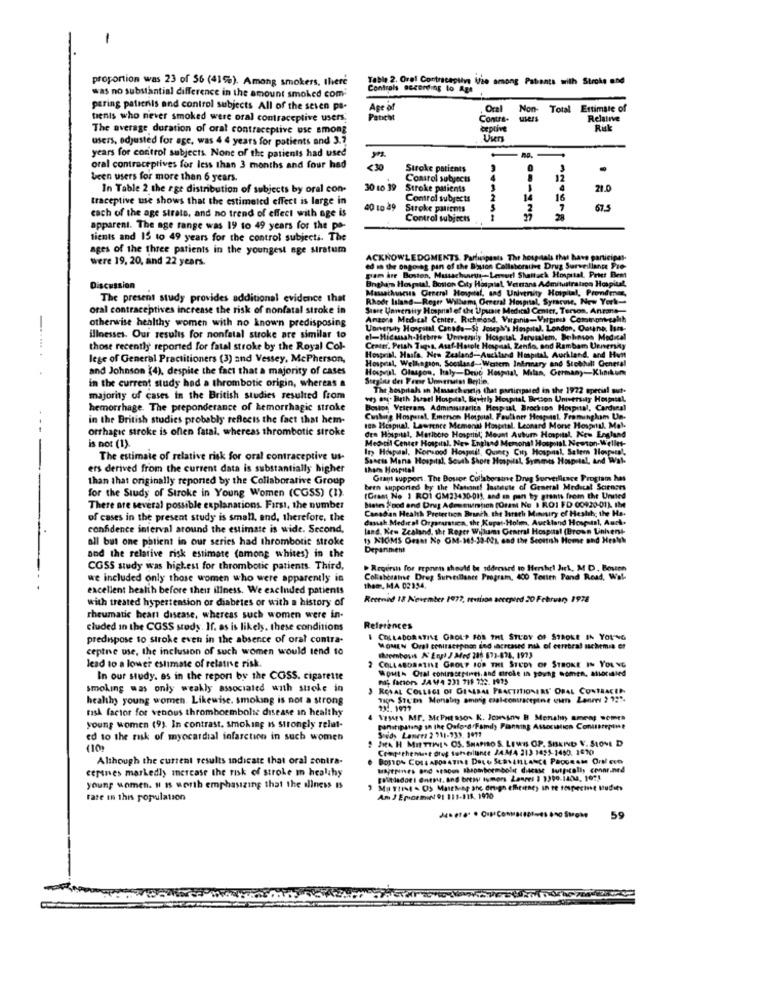
-
proportion was 23 of 56 (41%). Among smokers, there
Table 2. Oral Contraceptive Mie among Patients with Stroke and
Controls according to Age
was no substantial difference in the amount smoked com-
paring patients and control subjects All of the seven pa-
Age of
Oral
Non- Total Estimate of
tenis who never smoked were oral contraceptive users.
Paticht
Contre-
Relative
The average duration of oral contraceptive use among
explive
Ruk
users, adjusted for age, was 4 4 years for patients and 3.7
Users
years for control subjects. None of the patients had used
oral contraceptives for less than 3 months and four hed
< 30
Stroke patients
0
.
been users for more than 6 years.
Control subjects
12
In Table 2 the rge distribution of subjects by oral con-
30 10 39
Stroke patients
21.0
traceptive use shows that the estimated effect is large in
Control subjects
2
14
16
40 to 49
Stroke patients
2
7
67.5
cach of the age strats, and no trend of effect with age is
Control subjects
28
apparent. The age range was 19 to 49 years for the pa-
tients and 15 to 49 years for the control subjecti. The
ages of the three patients in the youngest age stratum
were 19, 20, and 22 years.
ACKNOWLEDGMENTS. Farfuspants The hospitals that have participat.
ed in the ongoing pan of the Boston Collstorsthe Drug Surveillance Pre-
gram are Boston, Massachusetts -- Lersurl Shattuck Hospital. Prier Best
Bngham Howstal, Boston City Hospital, Vettrans Admituitration Hospital,
Discussion
Massachusetts General Hospital, and University Hospital, Promdres,
The present study provides additional evidence that
Rhode Island-Roger Williams Omeral Hospital, Syracuse, New York-
oral contraceptives increase the risk of nonfatal stroke in
Store Unversity Hosprial of the Upuait Medical Center, Terson, Antane-
otherwise healthy women with no known predisposing
Anzone Medical Center. Richmond, Virginia-Vartinu Comonomeakb
University Hospital, Canada-St Joseph's Hospital, London, Outans, Isns-
illnesses. Our results for nonfatal stroke are similar to
el-Micassah-Hebrew Unnenily Hospital Jerusalem, Bohinson Medical
those recently reported for fatal stroke by the Royal Col-
Center, Petsh Tages. Asaf-Hotole Hoopsal, Zenflo, and Rambam Urnersky
lege of General Practitioners (3) and Vessey, McPherson,
Hospnal, Wellington, Sociland-Western Infirmary and Stobhall General
Hospaisl. Hasta. New Zealand -- Auckland Hospital, Auckland, and Hunt
-.......
and Johnson (4), despite the fact that a majority of cases
Hosval. Olasgon, haly-Desig Hospital, Milan, Germany-Klinikum
in the current study had a thrombotic origin, whereas a
Sorglos des Freer Unnerurss Berlin.
The hospitals in Massachusetis that participated in the 1972 special sut-
majority of cases in the British studies resulted from
wy on. Beth Israel Hospital, Beverly Hostal Besson University Hospital,
hemorrhage. The preponderance of hemorrhagic stroke
Boslos Veicrams Administrarica Heup sal Brockton Hospital, Cardinal
in the British studies probably reflects the fact that hem-
Cashug Hospersl. Emerson Hospotal, Faulkner Hoopsaal. Framingham Un-
orrhagie stroke is often fatal, whereas thrombotic stroke
tas Hespual. Lawrence Memonal Hospital. Leonard Morse Hospnul. Mol-
Medical Center Hospital. New England Memoha! Hospstal Newton-Wellet-
den Hospital, Marlboro Hospriol; Mount Autumn Hospital, New England
is not (1).
In Hospual, Norwood Howoil, Quincy City Hospnal, Salem Hospers',
The estimate of relative risk for oral contraceptive us-
Saacts Mana Hospital. South Shore Hospital, Symmes Hospital, and Wal-
----
ers derived from the current data is substantially higher
than Hospital
than that originally reported by the Collaborative Group
Grant support. The Bossge Collaborsine Dryg Surveillance Program has
for the Study of Stroke in Young Women (CGSS) (1)
been supported by the Nationt! losteste of General Medical Sciences
(Grant No ) ROI GM23430-01), and an pan ty grants from the United
There are several possible explanations. First, the number
Bistes Food and Drug Admeentich (Oram No I RO1 FD 00920-01). IM
Canadian Health Pretertion Branch the Barath Ministry of Healthc the Ha-
of cases in the present study is small, and, therefore, the
dasah Medical Orgarustica, the Kupat-Holm, Auckland Hosp-tal, Auch.
confidence interval around the estimate is wide. Second,
land, New Zealand, shr Roger Willums General Hospual (Brown Universt
all but one phtient in our series had thrombotic stroke
1) XIGMS Oesat No OM-165-32-021, and the Scottish Home and Heath
Depanmem
and the relative risk estimate (among whites) in the
CGSS study was highest for thrombotic patients. Third,
Regershs for repann should be addressed to Hershr! Jurk, M D. Bosen
we included only those women who were apparently is
Collaborate Dreg Surveillance Program, 400 Toutth Pand Read, Wal-
excellent health before their illness. We excluded patients
them, MA 02354.
with treated hypertension or diabetes or with a history of
Recennd 18 November 1977, remison accepted 20 February 1978
rheumatic heart disease, whereas such women were in-
cluded in the COSS study. If. as is likely. these conditions
References
predispose to stroke even in the absence of oral contra-
I COLLABORATIVE OBOLP FOR THE STUDY OF STROKE IN YOUNG
ceptne use, the inclusion of such women would send to
MOMEN Oral contracepnon End increased nik of cerebral nachemia of
thrombosis N' Engl J Med 285 673-674, 1973
lead to a lower estimate of relative risk.
2 COLLABORAINE GROLT FOR THE STUDY OF STROKE IN YOUNG
WOHL Oral contraseries, and ctrole in young women, associated
In our study. as in the report by the COSS. cigarette
n factors JAW4 231 711 122. 1995
smoking was only weakly associated with stroke in
J ROVAL COLLEGE OF GENERAL PRACTITIONERS' ORAL CONTRACEP
healthy young women. Likewise. smoking is not a strong
risk factor for venous thromboembolie disease in healthy
132. 1977
VESAEs Mr. McPHERSON K. ICHsoy B Menshy amens somra
young women (9). In contrast, smoking is strongly relat-
panitipstang in the Oxford Family Planning Attoritlich Conspine
ed to the risk of myocardial infarction in such women
! JHA H MIETTINEN OS. SHAPIRO S. LEWIS OP. SHEID V. SIONE D
Said, Lamees 2 711-939. 9017
(10)
Although the current results indicate that oral contra-
cepines markedly increase the risk of stroke in healthy
MATHIES and .ESOG hiboembolir disease tutpicalis cennr.ned
young women. # Is worth emphasizing that the aliness Is
Fate in this population
Am J Epicemed 91 111-118, 1970
59